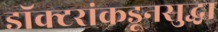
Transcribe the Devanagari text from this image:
डॉक्टरांकडूनसुद्धा